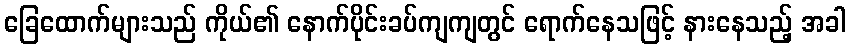
ခြေထောက်များသည် ကိုယ်၏ နောက်ပိုင်းခပ်ကျကျတွင် ရောက်နေသဖြင့် နားနေသည့် အခါ